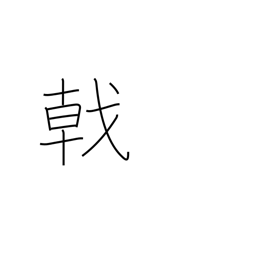
Meaning: halbert